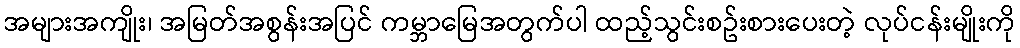
အများအကျိုး၊ အမြတ်အစွန်းအပြင် ကမ္ဘာမြေအတွက်ပါ ထည့်သွင်းစဥ်းစားပေးတဲ့ လုပ်ငန်းမျိုးကို